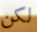
لكن